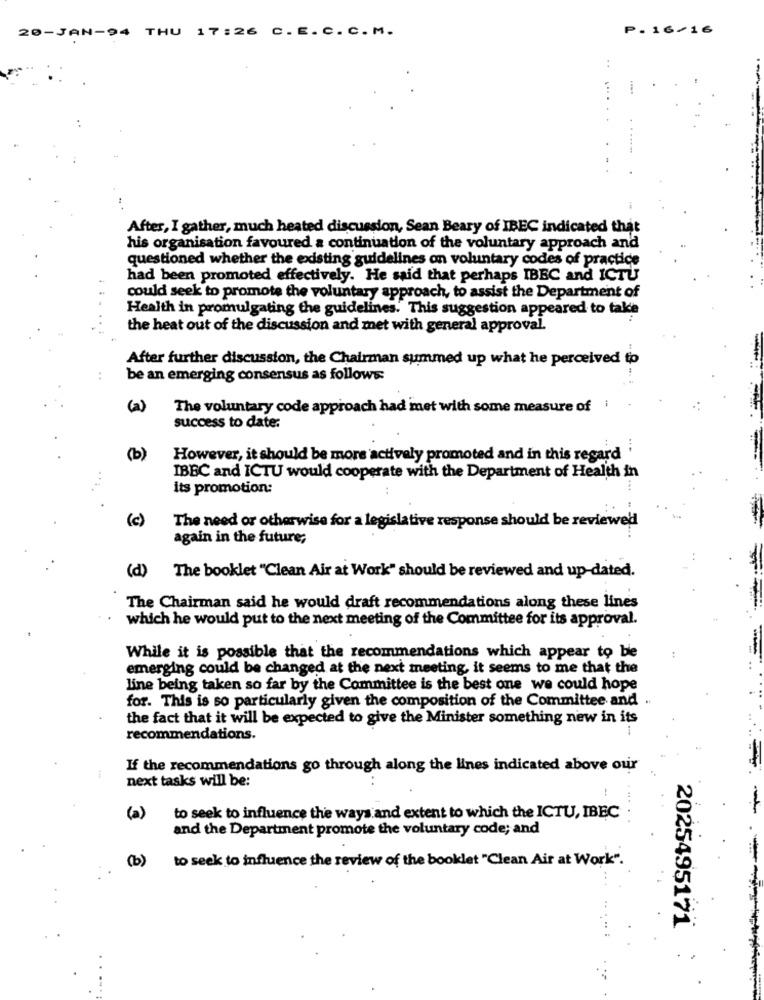
20-JAN-94 THU 17:26 C.E.C.C.M.
P. 16/16
..
After, I gather, much heated discussion, Sean Beary of IBEC indicated that
his organisation favoured a continuation of the voluntary approach and
questioned whether the existing guidelines on voluntary codes of practice
had been promoted effectively. He said that perhaps IBEC and ICTU
could seek to promote the voluntary approach, to assist the Department of
Health in promulgating the guidelines. This suggestion appeared to take
the heat out of the discussion and met with general approval.
-
After further discussion, the Chairman summed up what he perceived to
..
be an emerging consensus as follows:
(2)
The voluntary code approach had met with some measure of
success to date:
(b)
However, it should be more actively promoted and in this regard '
IBBC and ICTU would cooperate with the Department of Health in
its promotion:
(c)
The need or otherwise for a legislative response should be reviewed
again in the future;
(d)
The booklet "Clean Air at Work" should be reviewed and up-dated.
The Chairman said he would draft recommendations along these lines
which he would put to the next meeting of the Committee for its approval.
While it is possible that the recommendations which appear to be
emerging could be changed at the next meeting, it seems to me that the
line being taken so far by the Committee is the best one we could hope
for. This is so particularly given the composition of the Committee and .
the fact that it will be expected to give the Minister something new in its
recommendations.
If the recommendations go through along the lines indicated above our
next tasks will be:
. .
(a)
to seek to influence the ways and extent to which the ICTU, IBEC
and the Department promote the voluntary code; and
(b)
to seek to influence the review of the booklet "Clean Air at Work".
2025495171